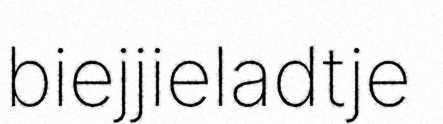
biejjieladtje